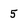
Character: 5